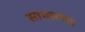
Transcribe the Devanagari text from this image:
साधारण४